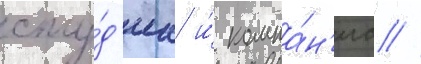
сту́д'иа и́ компа́н'иа //